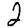
Digit: 2